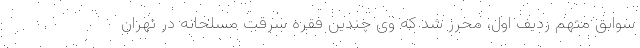
سوابق متهم ردیف اول، محرز شد که وی چندین فقره سرقت مسلحانه در تهران